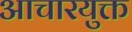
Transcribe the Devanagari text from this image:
आचारयुक्त